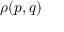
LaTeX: \rho ( p , q )